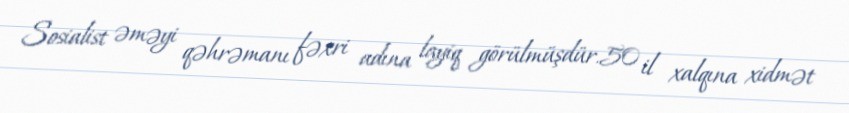
Sosialist əməyi qəhrəmanı fəxri adına layiq görülmüşdür.50 il xalqına xidmət